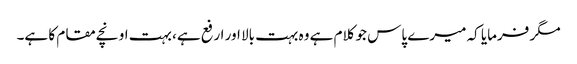
مگر فرمایا کہ میرے پاس جو کلام ہے وہ بہت بالا اور ارفع ہے، بہت اونچے مقام کا ہے۔